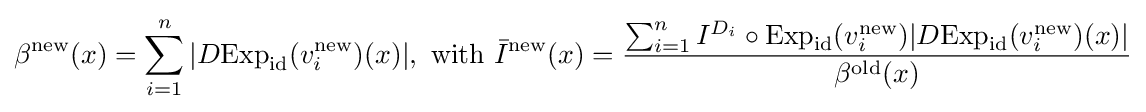
\beta ^{\text{new}}(x)=\sum _{i=1}^{n}|D\mathrm {Exp} _{\mathrm {id} }(v_{i}^{\text{new}})(x)|,{\text{ with }}{\bar {I}}^{\text{new}}(x)={\frac {\sum _{i=1}^{n}I^{D_{i}}\circ \mathrm {Exp} _{\mathrm {id} }(v_{i}^{\text{new}})|D\mathrm {Exp} _{\mathrm {id} }(v_{i}^{\text{new}})(x)|}{\beta ^{\text{old}}(x)}}